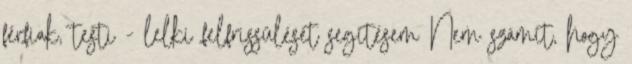
férfiak, testi - lelki felfrissülését segítésem Nem számít, hogy